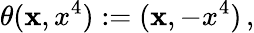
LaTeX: \theta({\mathbf x},x^{4}):=({\mathbf x},-x^{4})\, ,